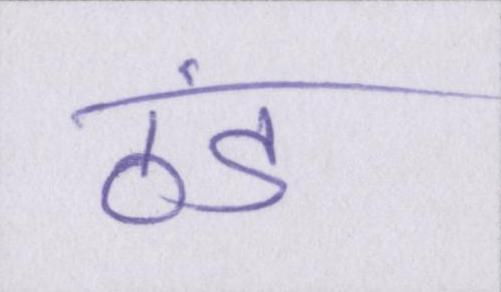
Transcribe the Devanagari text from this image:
ठंड